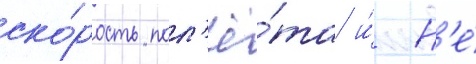
ско́рость пол'ё́та и́ н'е́